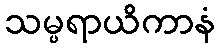
သမ္ပရာယိကာနံ